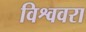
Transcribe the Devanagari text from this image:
विश्ववरा